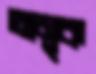
অমৃক